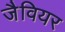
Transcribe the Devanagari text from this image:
जैवियर